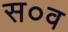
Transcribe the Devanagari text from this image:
स०व